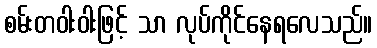
စမ်းတဝါးဝါးဖြင့် သာ လုပ်ကိုင်နေရလေသည်။